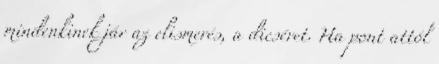
mindenkinek jár az elismerés, a dicséret. Ha pont attól